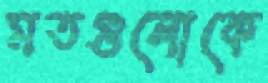
মতগুলোকে